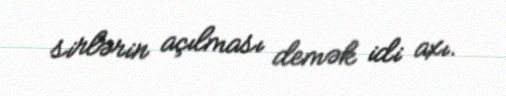
sirlərin açılması demək idi axı.